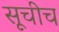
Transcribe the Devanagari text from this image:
सूचीच